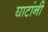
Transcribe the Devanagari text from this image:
घाटांनी